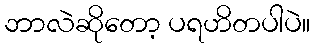
ဘာလဲဆိုတော့ ပရဟိတပါပဲ။